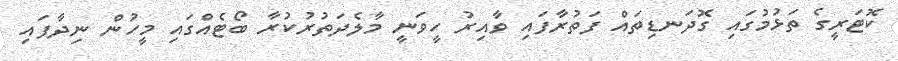
ކޮޓަރީގެ ތަޅުމުގައި ގޮދަނޑިތައް ފަތުރާފައި ވާއިރު ހީވަނީ މާލެދަތުރުކުރާ ބޯޓެއްގައި މީހުން ނިދާފައި